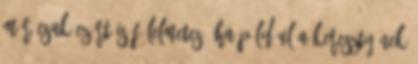
Már csak ezért is félelmetes, ha például a keresztyének